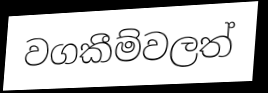
වගකීම්වලත්